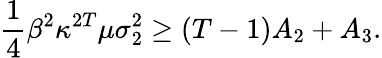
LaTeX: \frac{1}{4}\beta^{2}\kappa^{2T}\mu\sigma_{2}^{2}\geq(T-1)A_{2}+A_{3}.